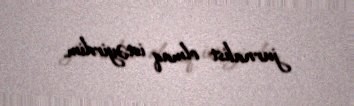
jurnalist olmaq istəyirdim.